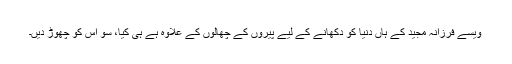
ویسے فرزانہ مجید کے ہاں دنیا کو دکھانے کے لیے پیروں کے چھالوں کے علاوہ ہے ہی کیا، سو اس کو چھوڑ دیں۔